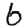
Digit: 6